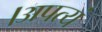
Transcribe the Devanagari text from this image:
।अपत्यं